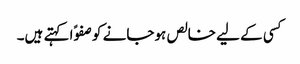
کسی کے لیے خالص ہوجانے کو صفوًا کہتے ہیں۔